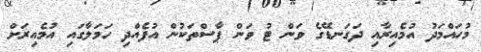
މުހައްމަދު އުމެއިރާއި ދަގަނޑޭގެ ވަން ޓު ވަން ޕާސްތަކުން އުފެއްދި ހަމަލާގައި އުމެއިރަށް